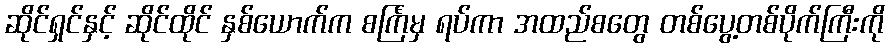
ဆိုင်ရှင်နှင့် ဆိုင်ထိုင် နှစ်ယောက်က စင်္ကြံမှ ရပ်ကာ အထည်စတွေ တစ်ပွေ့တစ်ပိုက်ကြီးကို